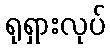
ရုရှားလုပ်